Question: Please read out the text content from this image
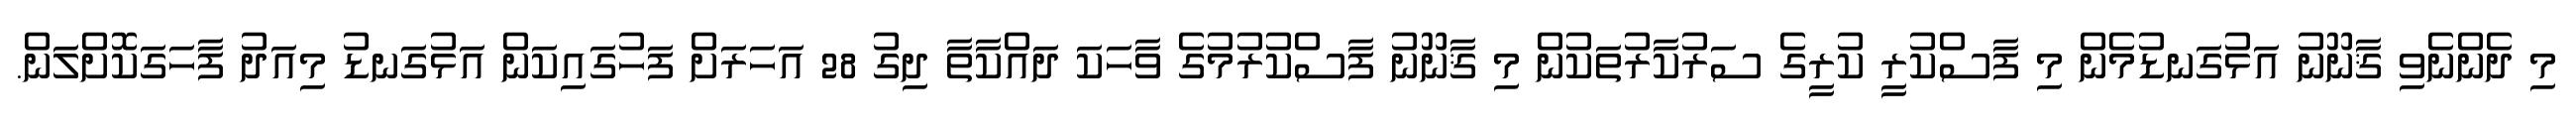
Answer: މި ދެންނެވި ޤާނޫނު އަޅުގަނޑުމެން މި ފާސްކުރީ ކުރީގެ ސަރުކާރުތަކުން މި ޤާނޫނު ފާސްކުރުމުގެ ވާހަކަ ދައްކާތާ ދިގު 28 އަހަރަށް ފަހުގައިކަން އަޅުގަނޑު މިއަދު ފާހަގަކޮށްލަން.